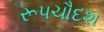
રૂપચૌદશ